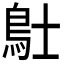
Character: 𲍚